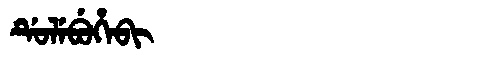
Manchu: ᡩᡠᠯᡝᠪᡠᡥᡝᠪᡳ
Romanization: DULEBUHEBI